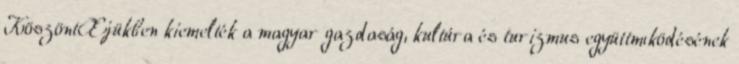
KöszöntŒjükben kiemelték a magyar gazdaság, kultúra és turizmus együttmıködésének